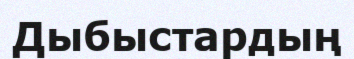
Дыбыстардың